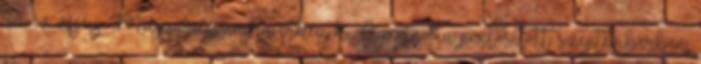
az év végéig Magyarországra érkezik. Az mno.hu pontosított: szeptemberben,